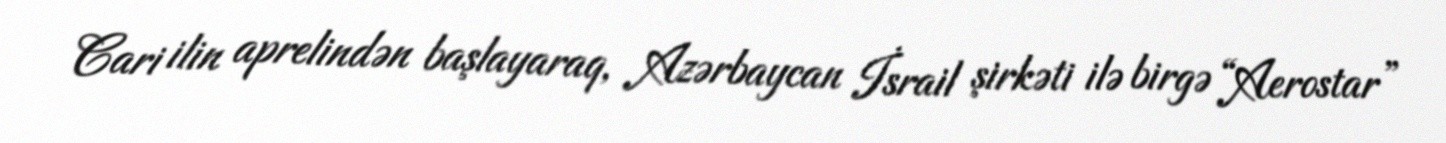
Cari ilin aprelindən başlayaraq, Azərbaycan İsrail şirkəti ilə birgə “Aerostar”